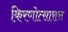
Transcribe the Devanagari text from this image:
किरणोत्सारास